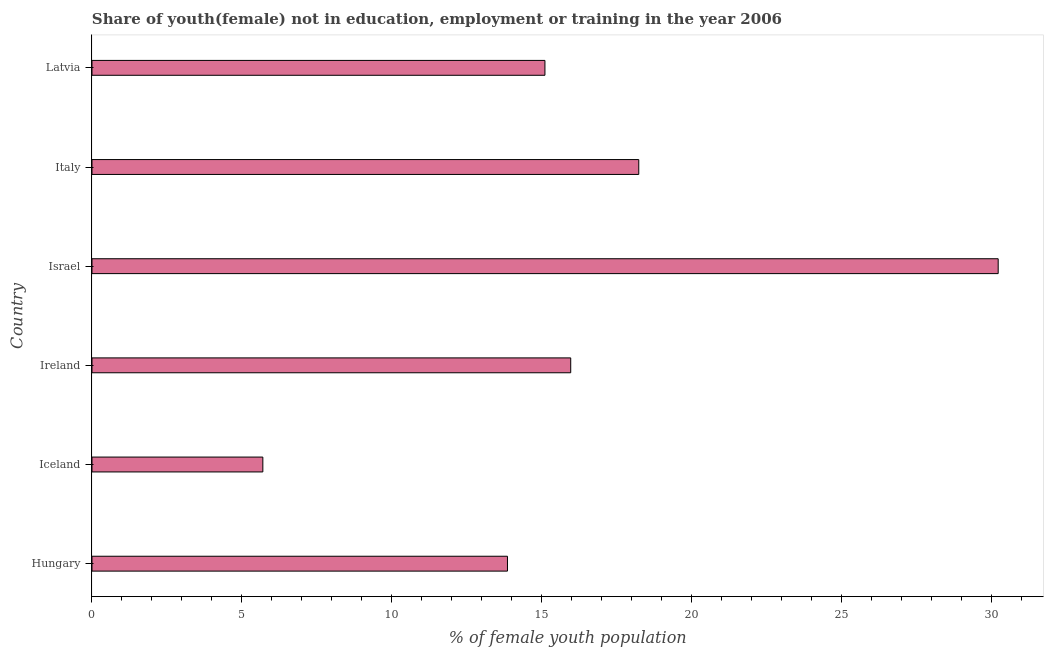
| Country | Unemployed(female) |
 | --- | --- |
 | Hungary | 13.9 |
 | Iceland | 5.7 |
 | Ireland | 16 |
 | Israel | 30.2 |
 | Italy | 18.2 |
 | Latvia | 15.1 |